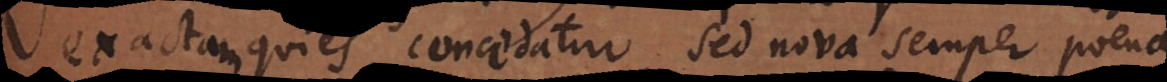
exactam quies concedatur, sed nova semper poena